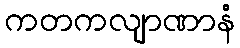
ကတကလျာဏာနံ